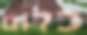
כלום